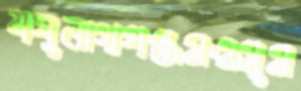
যঘুনাথগঞ্জমওসুম